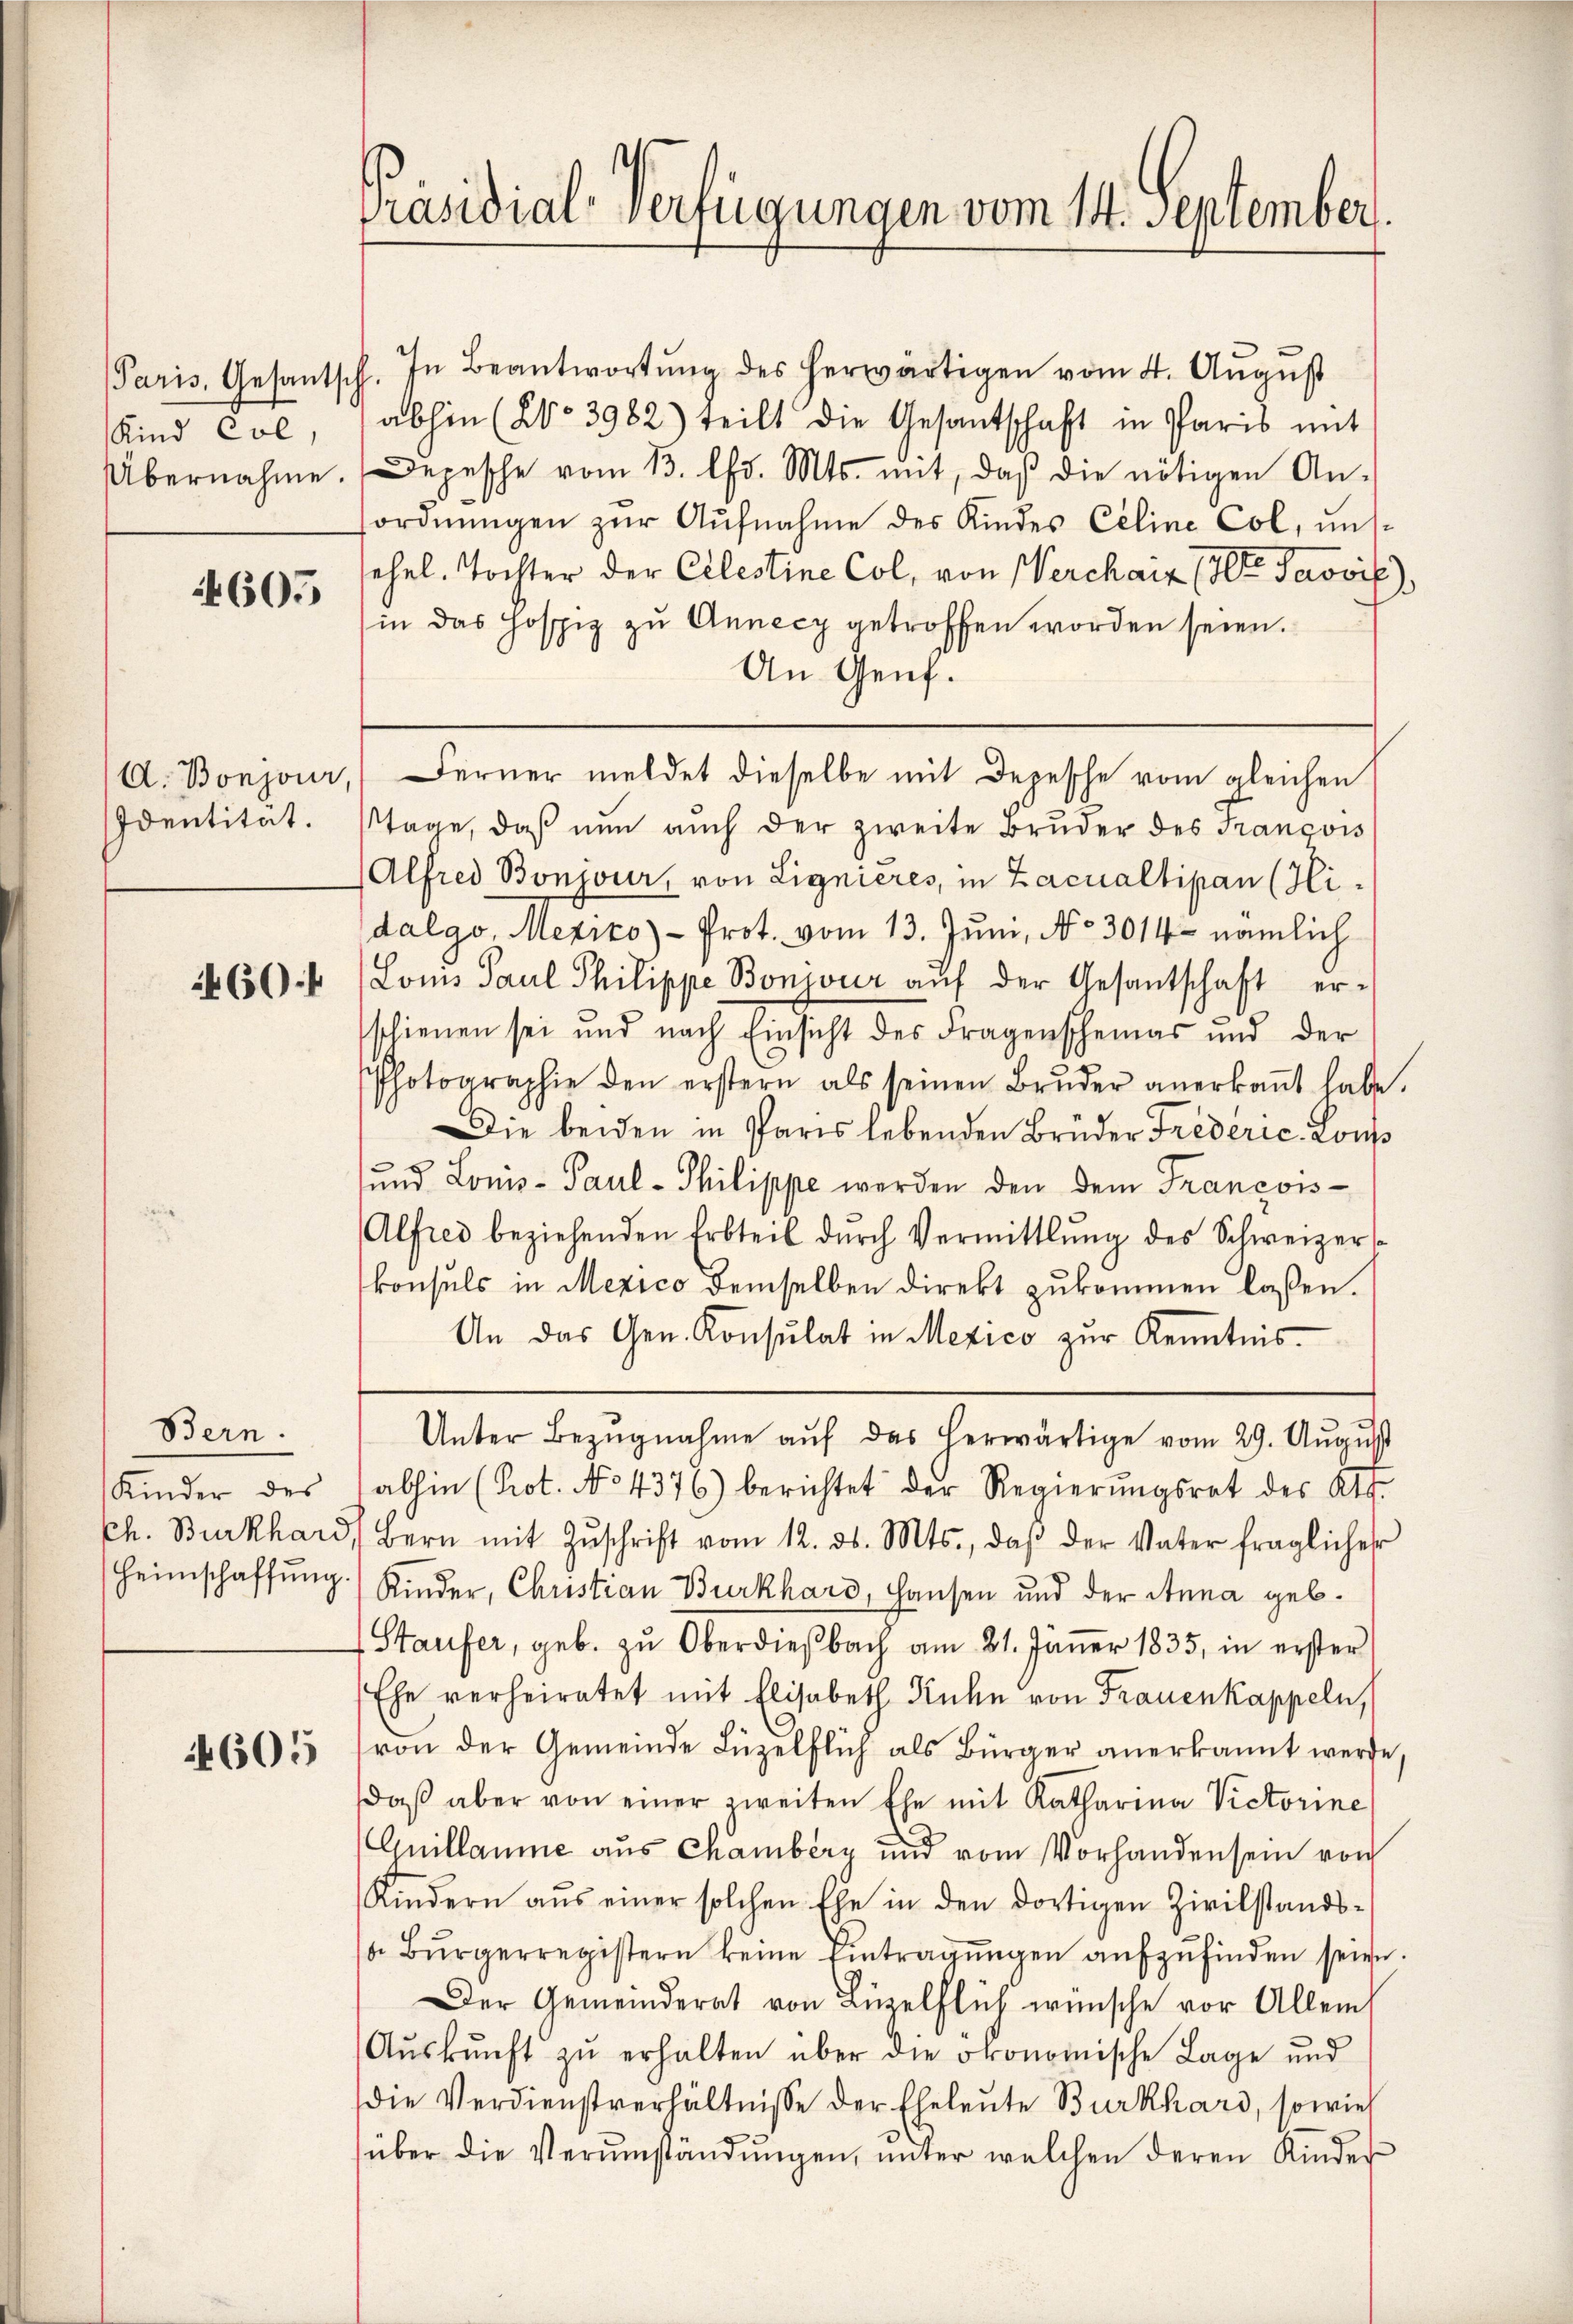
Paris, Gesantsc
Kind Col
Übernahme.

605

A. Bonjour,
Identität.

460.

Bern.
Kinder des
Ch. Burkhar
Heimschaffŭng

4605

Präsidial-Verfügungen vom 14. September.

l. In Beantwortŭng des herwärtigen vom 4. August
abhin (No 3982) teilt die Gesantschaft in Paris mit
Depesche vom 13. l. Mts. mit, daβ die nötigen An-
ordnŭngen zŭr Aŭfnahme des Kindes Celine Col, ins-
ehel. Tochter der Celestine Col, von Werchaiz (lt. Provis)
(in das hospiz zu Annecz getroffen worden seien.
An Genf.
tage, daß nun auch der zweite Bruder des François
Alfred Bonjour, von Lignieres, in Zacualtipan (Hi
dalgo, Mexico - Prot. vom 13. Juni, No 3014 - nämlich
Loms Paul Philippe Bonivier aŭf der Gesantschaft er-
schienen sei und nach Einsicht des Fragenscheinas und der
Photographie den erstern als seinen Brŭder anerkannt habe.
Die beiden in Paris lebenden Brüder Frederic-Lons
und Louis- Paul- Philippe werden den dem Francois-
Alfrei beziehenden Erbteil dŭrch Vermittlung des Schweizer-
konsuls in Mexico demselben direkt zukommen laßen.
An das Gen. Konsulat in Mexico zŭr Kenntnis.
Unter Bezŭgnahme aŭf das herwärtige vom 29. Aŭgŭst
abhin (Prot. No 4376) berichtet der Regierŭngsrat des Kts.
Bern mit Zŭschrift vom 12. ds. Mts., daβ der Vater fraglicher
Kinder, Christian Burkhard, Hausen und der Anna geb.
Staufer, geb. zŭ Oberdiesbach am 21. Jäner 1835, in erster
Ehe verheiratet mit Elisabeth Ruhe von Frauenkappeln,
von der Gemeinde Lüzelflich als Bürger anerkannt werde,
daβ aber von einer weiten Ehe mit Katharina Victorine
Quillaume aus Chamber und vom Vorhandensein von
Kindern aŭs einer solchen Ehe in den dortigen Zivilstands-
 Bürgerregistern keine Eintragungen aufzufinden seien.
Der Gemeinderat von Luzelflich wünsche vor Allem
Aŭskŭnft zŭ erhalten über die ökonomische Lage und
die Verdienstverhältnisse der Eheleute Burkhard, sowie
über die Verŭmständŭngen, ŭnter welchen deren Kinder

Ferner meldet dieselbe mit Depesche vom gleichen